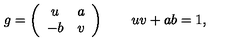
g = \left( \begin{array} { c c } { u } & { a } \\ { - b } & { v } \\ \end{array} \right) \qquad u v + a b = 1 ,